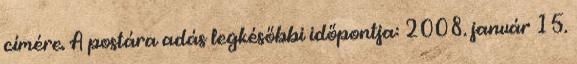
címére. A postára adás legkésőbbi időpontja: 2008. január 15.